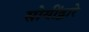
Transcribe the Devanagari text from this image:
सोयींद्वारे